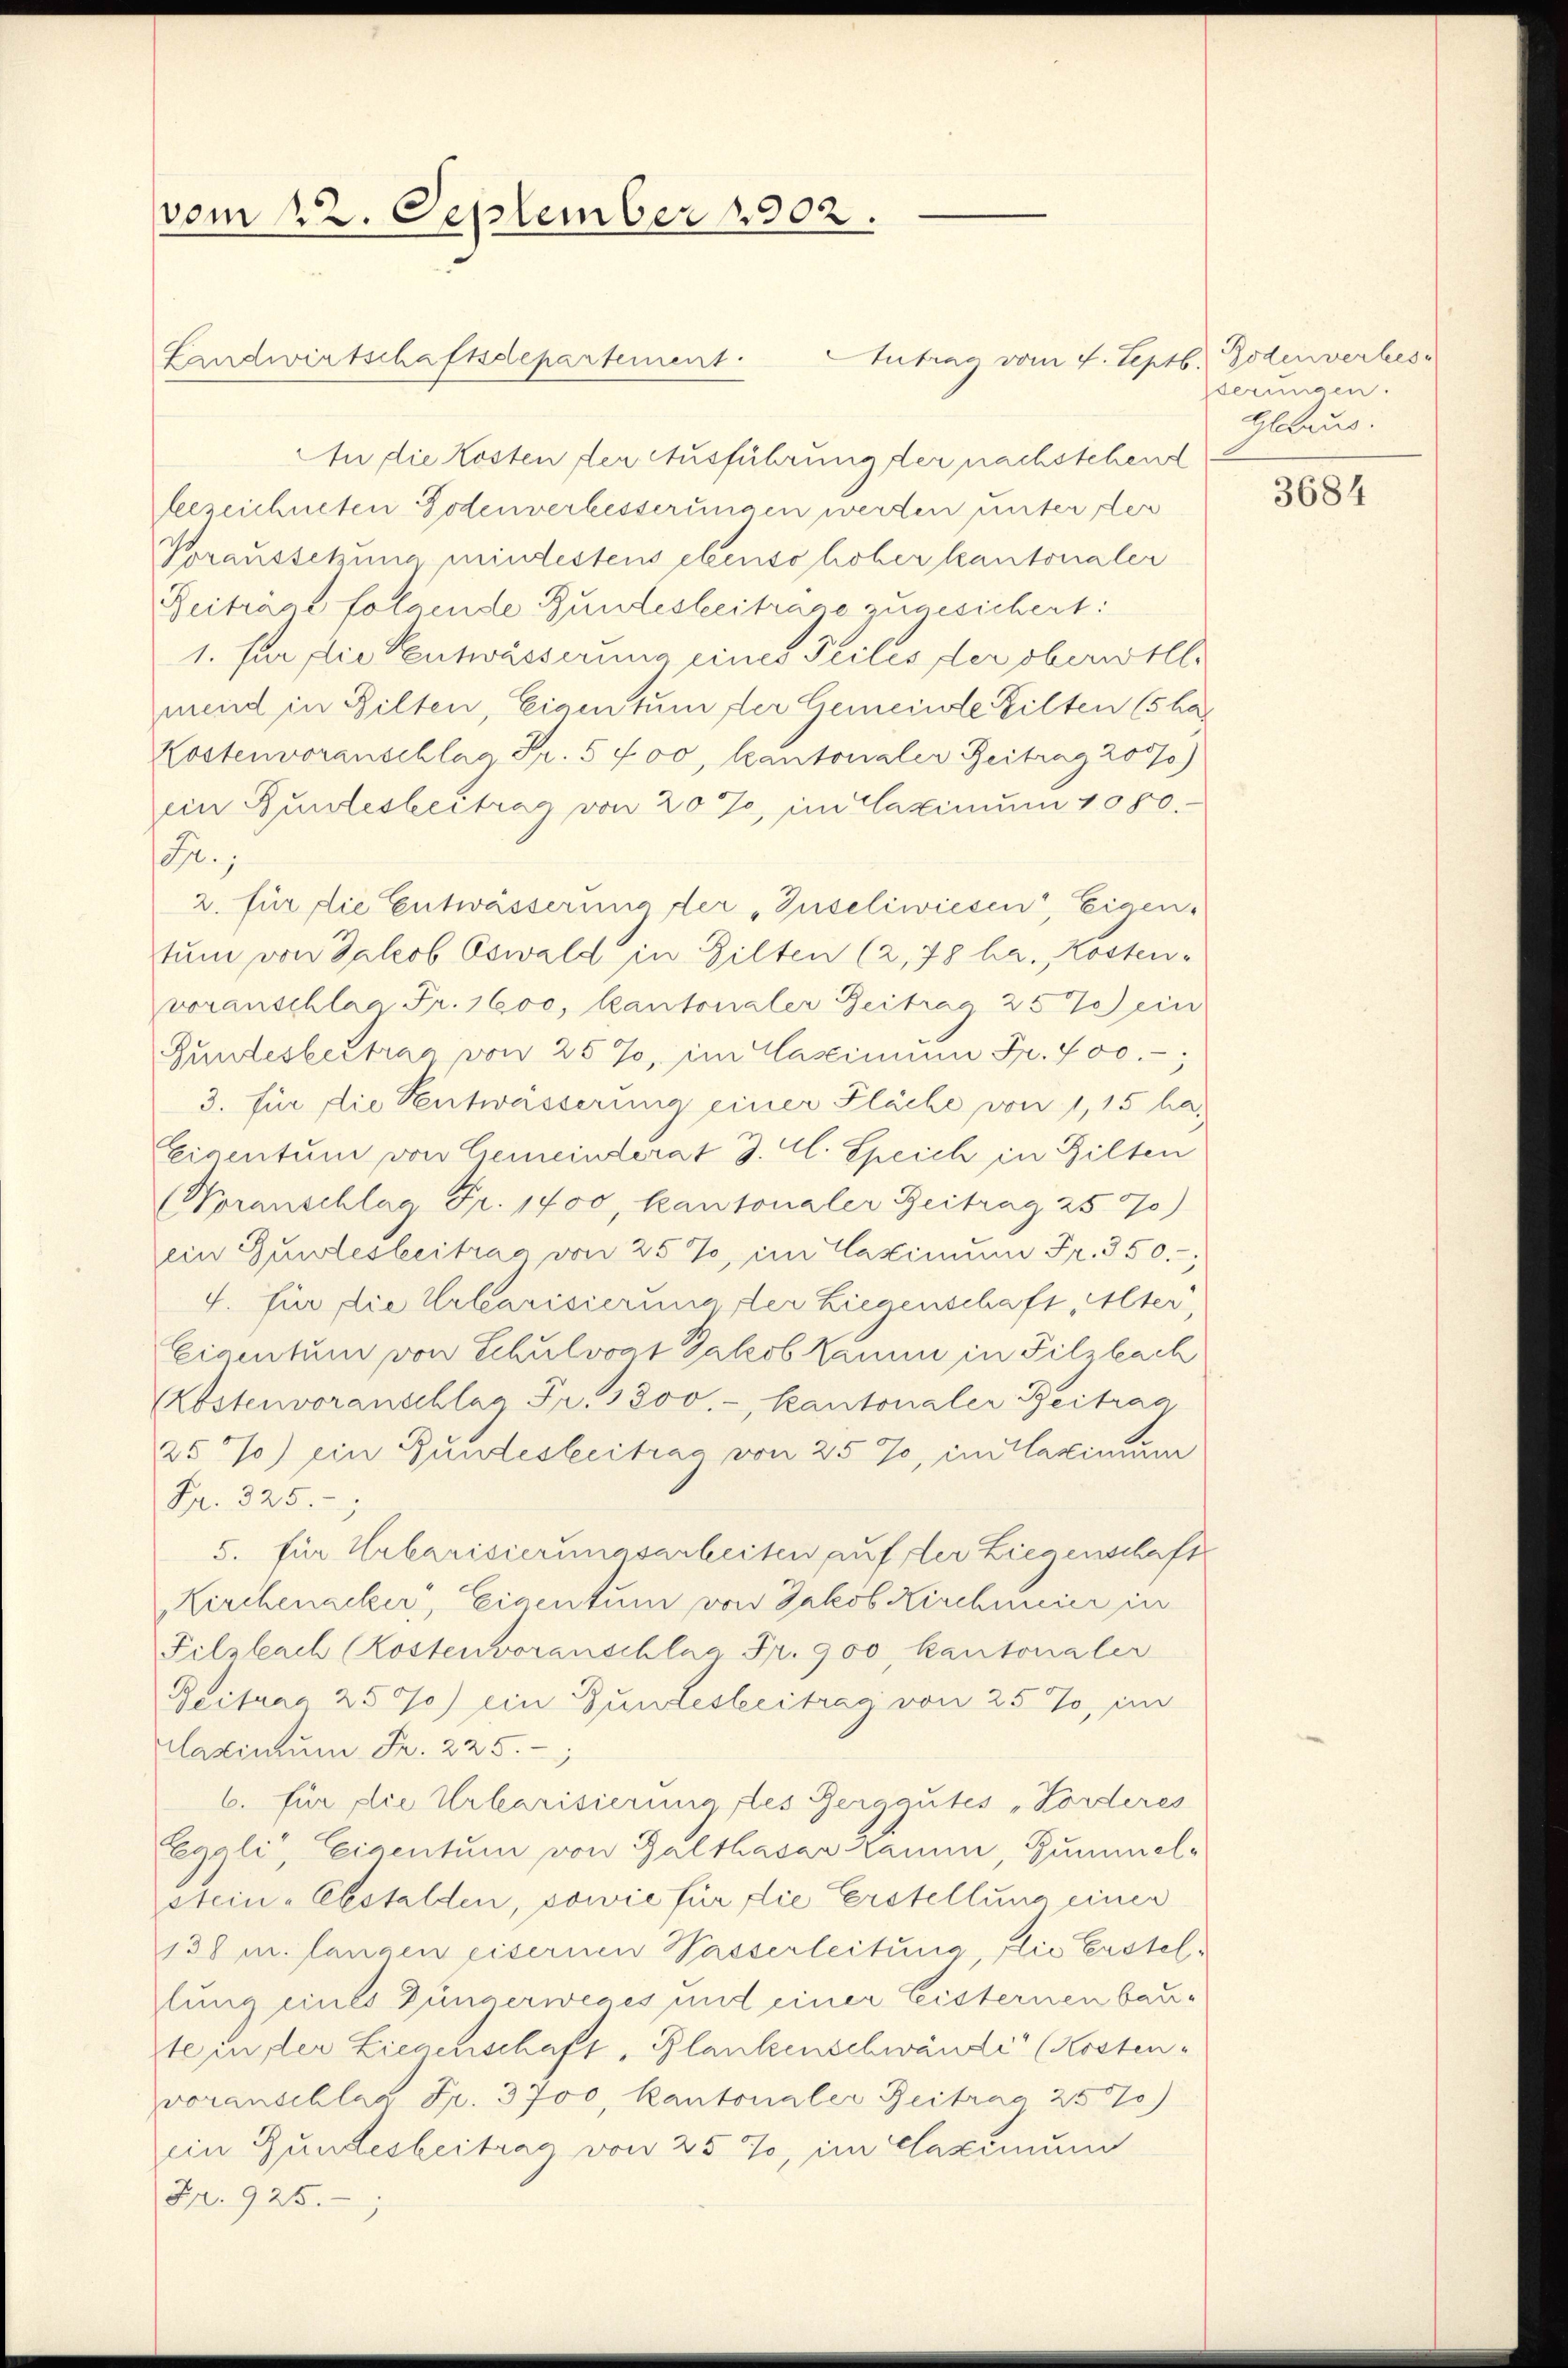
.
vom 22. September 1902.

Landwirtschaftsdepartement.
An die Kosten der Ausführung der nachstehend
bezeichneten Bodenverbesserungen werden unter der
Voraussetzung mindestens ebenso hoher kantonaler
Beiträgt folgende Bundesbeitrage zugesichert:
1. für die Centwässerung eines Teiles der oberwille
mend in Bilten, Eigentum der Gemeinde Zilten (5 hat
Kostenvoranschlag Fr. 5 400, kantonaler Zeitrag 2000)
ein Bundesbeitrag von 20%, im Caximum 1080.
F.;
2. für die Entwässerung der „Inseliwiesen, Eigen.
tum von Jakob Oswald in Gilten (2,78 ha. Kosten-
voranschlag Fr. 1600, Kantonaler Zeitrag 257 ein
Gundesbeitrag von 257, im Casimum Fr. 700.-,
3. für die Pentwässerung einer Fläche von 1,15 ha¬
Eigentum von Gemeinderat J. A. Speich in Gilten
(Voranschlag Fr. 1400, kantonaler Zeitrag 2570)
ein Gunstesbeitrag von 25%, im Casimum Fr. 350.-
J. für die Urbarisierung der Liegenschaft, Alter
Eigentum von Schulvogt Jakob Kamm in Filzbach
Abstenvoranschlag Fr. 3800.-, Kantonaler Beitrag
25%) ein Bundesbeitrag von 25 %, im Maximum
Fr. 325.;
5. für Urbarisierungsarbeiten auf der Liegenschaft
Kirchenacker, Eigentum von Jakob Kirchmeier in
Filzbach (Kostenvoranschlag Fr. 900, kantonaler
Bectuar 257) ein Gundesbeitrag von 25%, im
lastinum Fr. 225.
6. für lie Urbarisierung, des Berggutes „Forderes
Egoli, Eigentum von Galthasar kaum, Gummel-
stein-Ebstalden, sowie für die Erstellung einer
138 u. langen eisernen Wasserleitung, die Erstel
lung eines Düngerweges und einer Leisternen baute in der Liegenschaft, Plankenschwände (Kosten-
voranschlag Fr. 3700, kantonaler Zeitrag 257)
ein Bundesbeitrag von 25 %, im Caximum
Fr. 925.

Antrag vom 4. Septb. Bodenverbes

derungen.
Glarus.

3684